Indian journal of veterinary science and animal husbandry - Volume 8,
Year: 1938
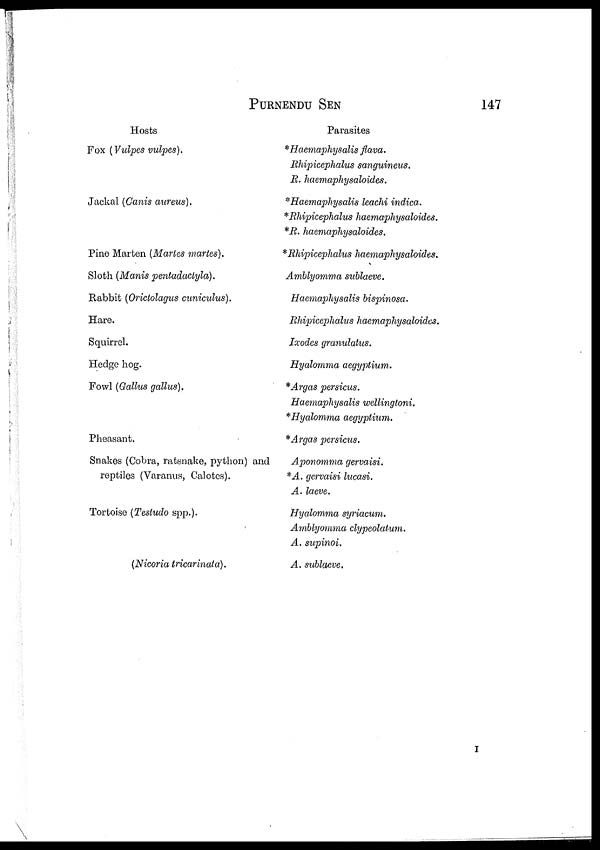
PURNENDU
SEN
147
Hosts
Fox (Vulpes vulpes).
Jackal (Canis aureus).
Pine Marten (Maries martes).
Sloth (Manis pentadactyla).
Rabbit (Orictolagus cuniculus).
Hare.
Squirrel.
Hedge hog.
Fowl (Gallus gallus).
Pheasant.
Snakes (Cobra, ratsnake, python) and
reptiles (Varanus, Calotes).
Tortoise (Testudo spp.).
(Nicoria tricarinata).
Parasites
*Haemahysalis
flava.
Rhipicephalus sanguineus.
R. haemaphysaloides.
*Haemaphysalis leachi indica.
*Rhipicephalus haemaphysaloides.
*R. haemaphysaloides.
*Rhipicephalus haemaphysaloides.
Amblyomma sublaeve.
Haemaphysalis bispinosa.
Rhipicephalus haemaphysaloides.
Ixodes granulatus.
Hyalomma aegyptium.
*Argas persicus.
Haemaphysalis wellingtoni.
*Hyalomma aegyptium.
*Argas persicus.
Aponomma gervaisi.
*A. gervaisi lucasi.
A. laeve.
Hyalomma syriacum.
Amblyomma clypeolatum.
A. supinoi.
A. sublaeve.
I